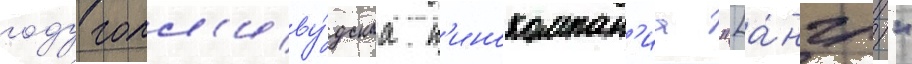
году голл'иву́дскаа к'инокомпан'иа "[а́нгл."